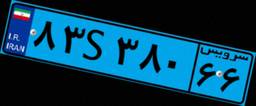
۷۶S۵۷۷۵۶